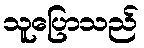
သူပြောသည်